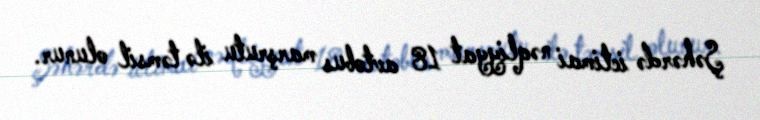
Şəhərdə ictimai nəqliyyat 18 avtobus marşrutu ilə təmsil olunur.